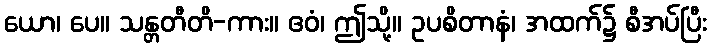
ယော၊ ပေ။ သန္တတီတိ-ကား။ ဧဝံ၊ ဤသို့။ ဥပစိတာနံ၊ အထက်၌ စီအပ်ပြီး